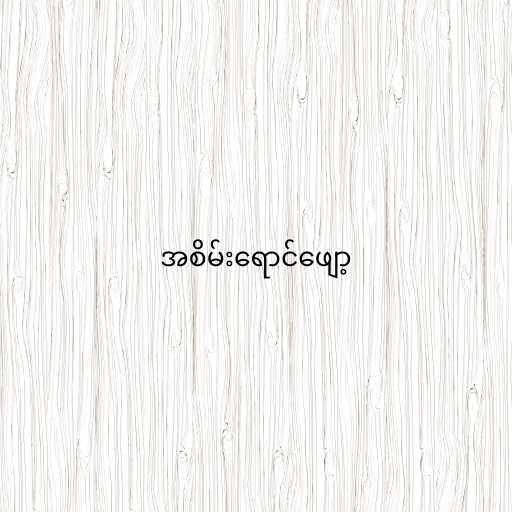
အစိမ်းရောင်ဖျော့